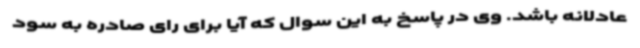
عادلانه باشد. وی در پاسخ به این سوال که آیا برای رای صادره به سود